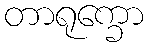
တာရုက္ခော